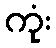
ကုံး